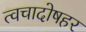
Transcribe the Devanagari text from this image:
त्वचादोषहर